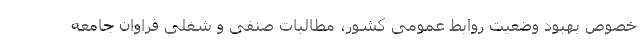
خصوص بهبود وضعیت روابط عمومی کشور، مطالبات صنفی و شغلی فراوان جامعه